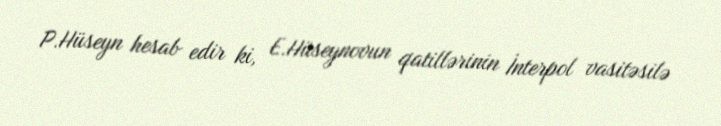
P.Hüseyn hesab edir ki, E.Hüseynovun qatillərinin İnterpol vasitəsilə